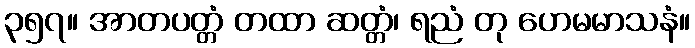
၃၅၇။ အာတပတ္တံ တထာ ဆတ္တံ၊ ရညံ တု ဟေမမာသနံ။